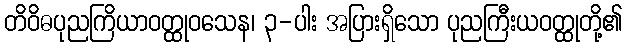
တိဝိဓပုညကြိယာဝတ္ထုဝသေန၊ ၃-ပါး အပြားရှိသော ပုညကြီးယဝတ္ထုတို့၏